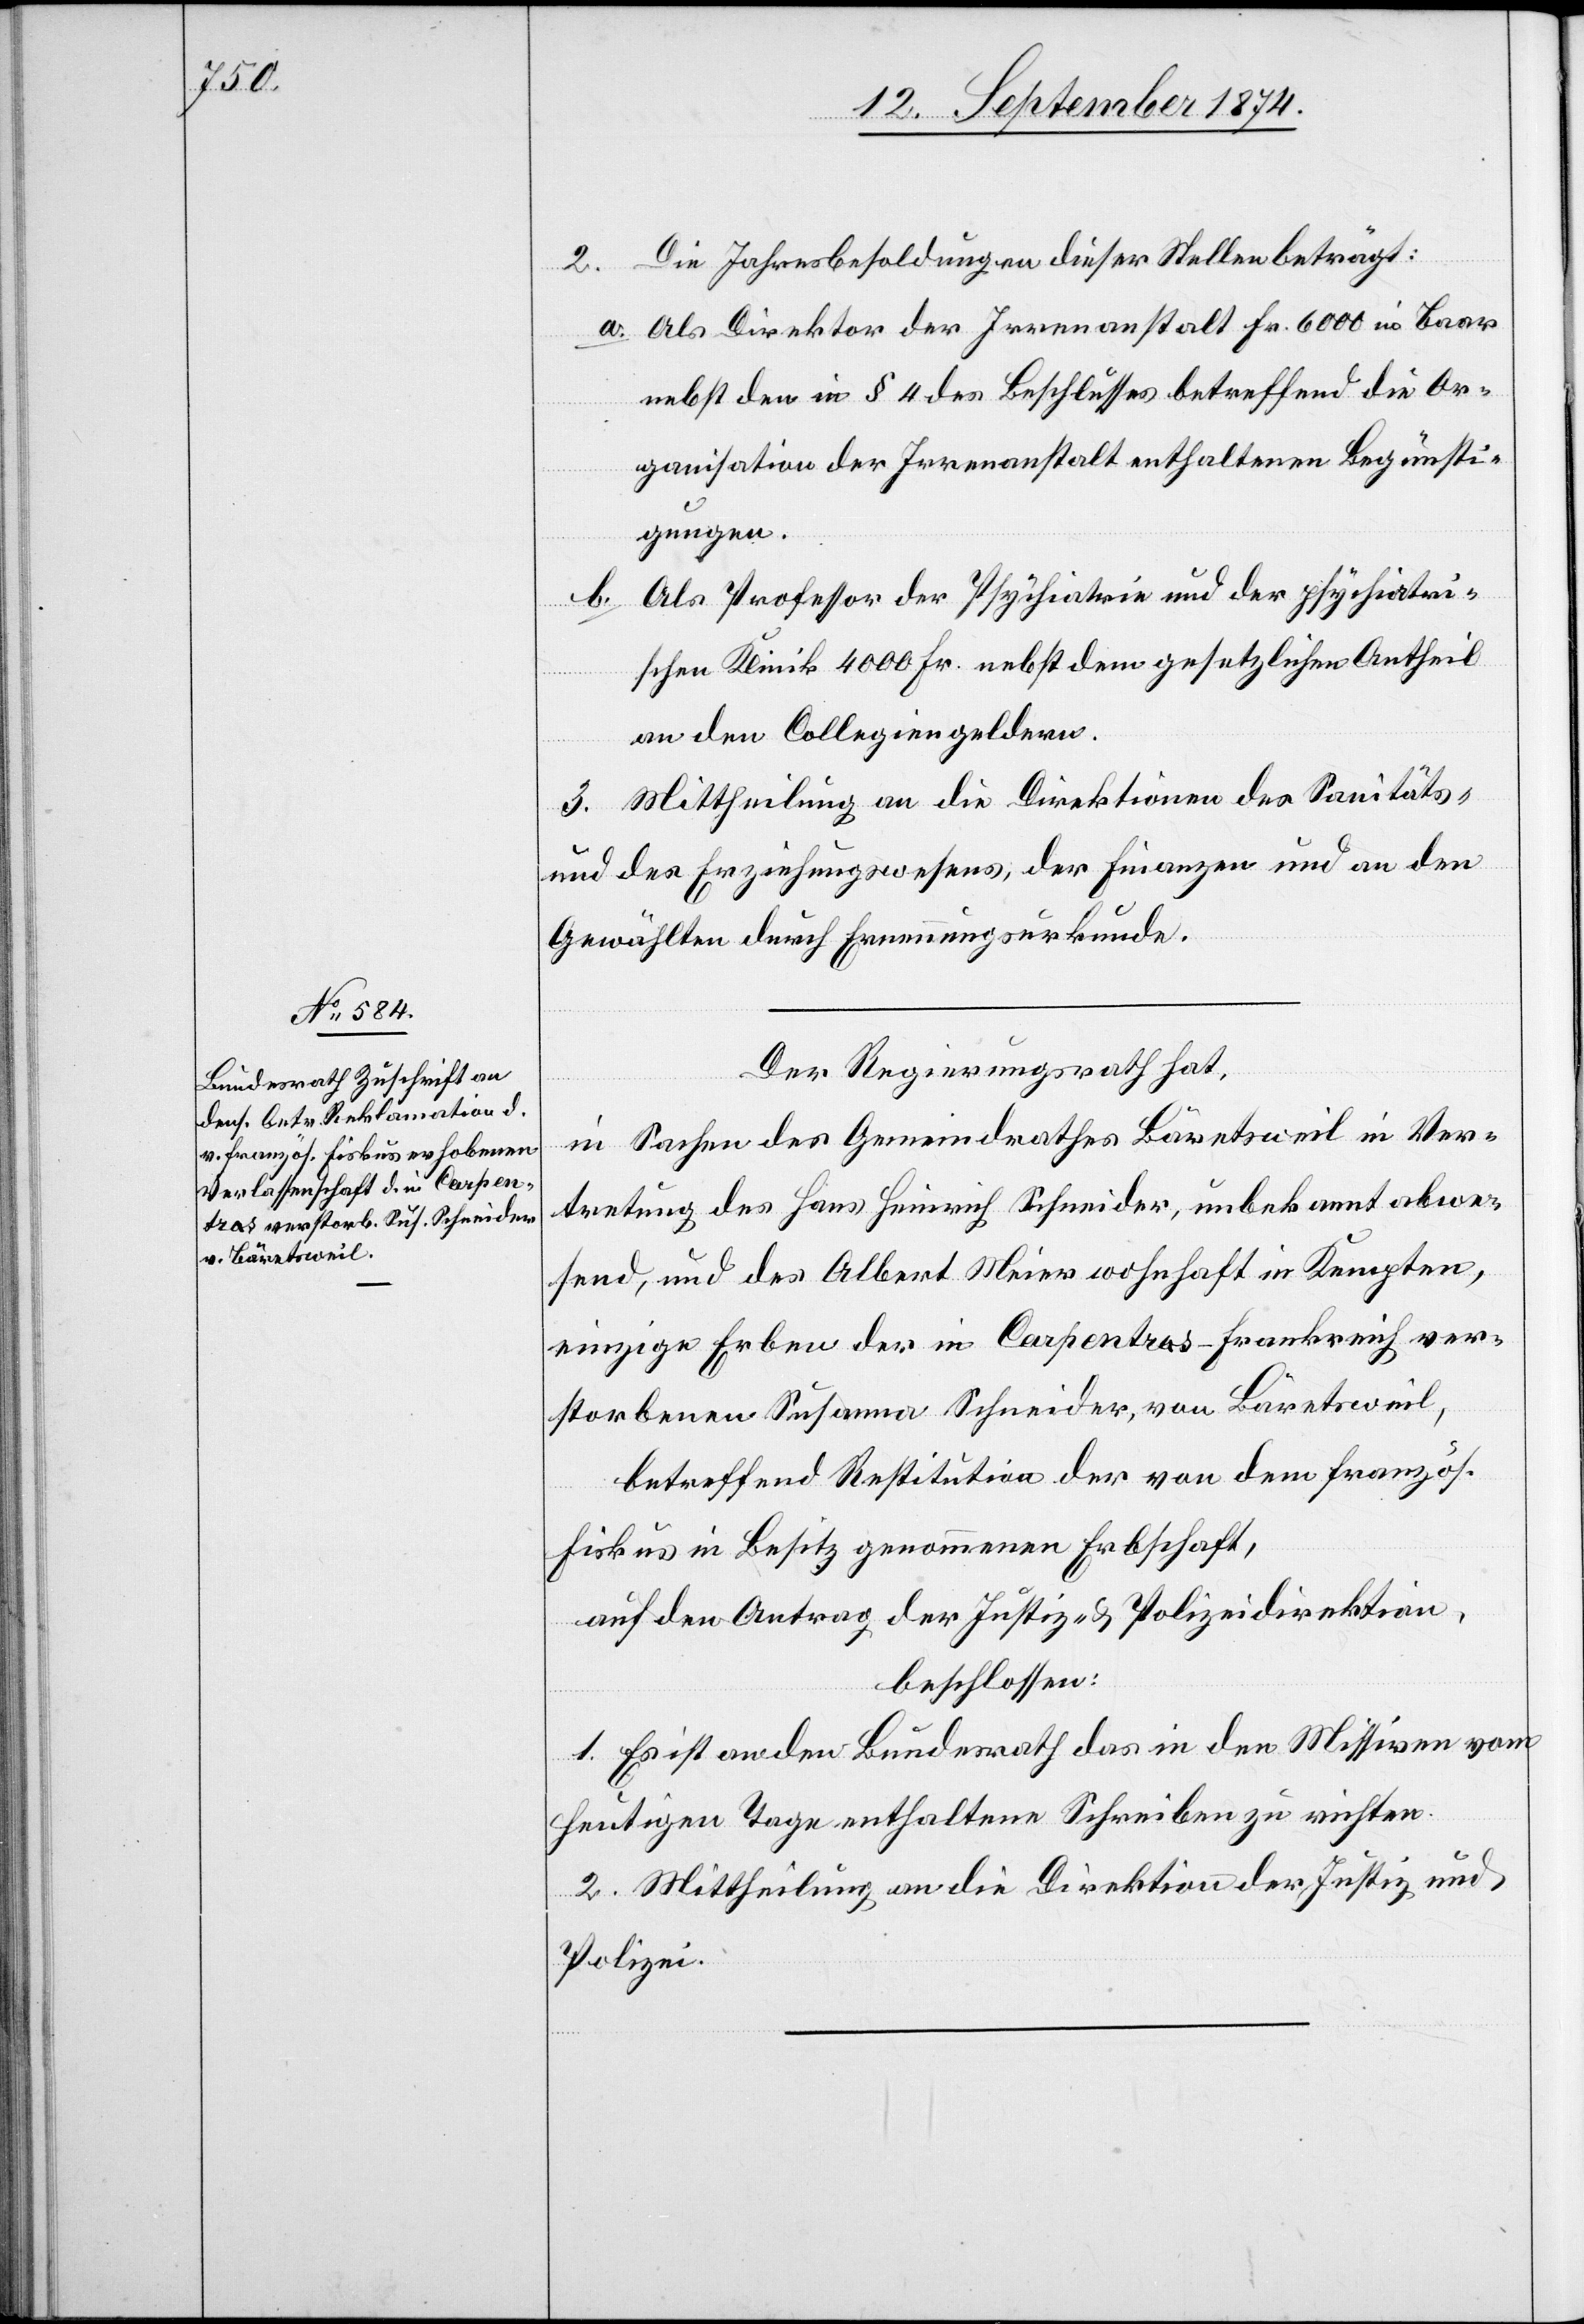
2. Die Jahresbesoldungen dieser Stellen beträgt:
a. Als Direktor der Irrenanstalt Fr. 6000 in Baar
nebst den in § 4 des Beschlusses betreffend die Or¬
ganisation der Irrenanstalt enthaltenen Begünsti¬
gungen.
b. Als Professor der Psychiatrie und der psychiatri¬
schen Klinik 4000 Fr. nebst dem gesetzlichen Antheil
an den Collegiengeldern.
3. Mittheilung an die Direktionen des Sanitäts-
und des Erziehungswesens, der Finanzen und an den
Gewählten durch Ernennungsurkunde.
Der Regierungsrath hat,
in Sachen des Gemeindrathes Bäretsweil in Ver¬
tretung des Hans Heinrich Schneider, unbekannt abwe¬
send, und des Albert Meier wohnhaft in Kempten,
einzige Erben der in Carpentras - Frankreich ver¬
storbenen Susanna Schneider, von Bäretsweil,
betreffend Restitution der von dem französ.
Fiskus in Besitz genommenen Erbschaft,a¬
uf den Antrag der Justiz- u. Polizeidirektion,
beschlossen:
1. Es ist an den Bundesrath das in den Missiven vom
heutigen Tage enthaltene Schreiben zu richten.
2. Mittheilung an die Direktion der Justiz und
Polizei.